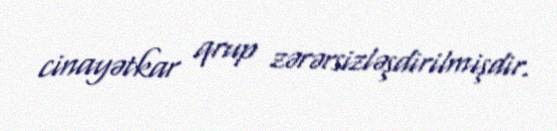
cinayətkar qrup zərərsizləşdirilmişdir.